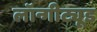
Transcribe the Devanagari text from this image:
लॉन्गीट्यूड